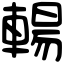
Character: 輰